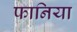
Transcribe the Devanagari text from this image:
फानिया